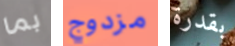
بما مزدوج بقدرة